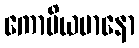
ကောပိယမာနော